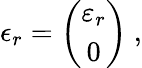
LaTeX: \epsilon_{r}=\left(\begin{array}{c}{{\varepsilon_{r}}}\\ {{0}}\end{array}\right)\ ,